Annual administration report of the Civil Veterinary Department of India - 1896-1897
Year: 1896
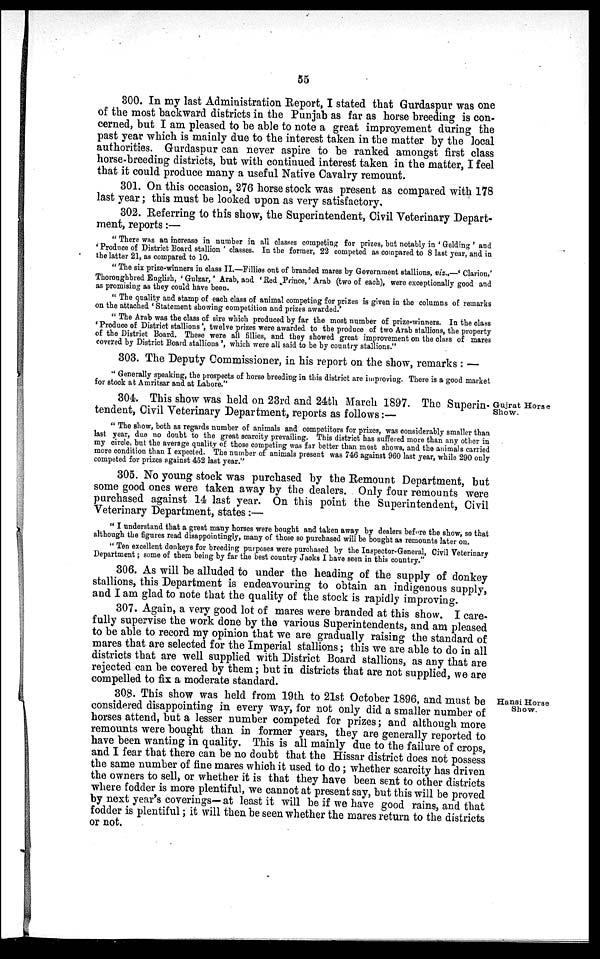
55
300. In my last Administration Report, I stated that Gurdaspur was one
of the most backward districts in the Punjab as far as horse breeding is con-
cerned, but I am pleased to be able to note a great improvement during the
past year which is mainly due to the interest taken in the matter by the local
authorities. Gurdaspur can never aspire to be ranked amongst first class
horse-breeding districts, but with continued interest taken in the matter, I feel
that it could produce many a useful Native Cavalry remount.
301. On this occasion, 276 horse stock was present as compared with 178
last year; this must be looked upon as very satisfactory.
302. Referring to this show, the Superintendent, Civil Veterinary Depart-
ment, reports:—
"There was an increase in number in all classes competing for prizes, but notably in 'Gelding' and
'Produce of District Board stallion' classes. In the former, 22 competed as compared to 8 last year, and in
the latter 21, as compared to 10.
"The six prize-winners in class II.—Fillies ont of branded mares by Government stallions, viz.,—'Clarion,'
Thoroughbred English, 'Gulzar,' Arab, and 'Red Prince,' Arab (two of each), were exceptionally good and
as promising as they could have been.
"The quality and stamp of each class of animal competing for prizes is given in the columns of remarks
on the attached 'Statement showing competition and prizes awarded.'
"The Arab was the class of sire which produced by far the most number of prize-winners. In the class
'Produce of District stallions', twelve prizes were awarded to the produce of two Arab stallions, the property
of the District Board. These were all fillies, and they showed great improvement on the class of mares
covered by District Board stallions', which were all said to be by country stallions."
303. The Deputy Commissioner, in his report on the show, remarks: —
"Generally speaking, the prospects of horse breeding in this district are improving. There is a good market
for stock at Amritsar and at Lahore."
Gujrat Horse
Show.
304. This show was held on 23rd and 24th March 1897. The Superin-
tendent, Civil Veterinary Department, reports as follows:—
"The show, both as regards number of animals and competitors for prizes, was considerably smaller than
last year, due no doubt to the great scarcity prevailing. This district has suffered more than any other in
my circle, but the average quality of those competing was far better than most shows, and the animals carried
more condition than I expected. The number of animals present was 746 against 960 last year, while 290 only
competed for prizes against 452 last year."
305. No young stock was purchased by the Remount Department, but
some good ones were taken away by the dealers. Only four remounts were
purchased against 14 last year. On this point the Superintendent, Civil
Veterinary Department, states:—
"I understand that a great many horses were bought and taken away by dealers before the show, so that
although the figures read disappointingly, many of those so purchased will be bought as remounts later on.
"Ten excellent donkeys for breeding purposes were purchased by the Inspector-General, Civil Veterinary
Department; some of them being by far the best country Jacks I have seen in this country."
306. As will be alluded to under the heading of the supply of donkey
stallions, this Department is endeavouring to obtain an indigenous supply,
and I am glad to note that the quality of the stock is rapidly improving.
307. Again, a very good lot of mares were branded at this show. I care-
fully supervise the work done by the various Superintendents, and am pleased
to be able to record my opinion that we are gradually raising the standard of
mares that are selected for the Imperial stallions; this we are able to do in all
districts that are well supplied with District Board stallions, as any that are
rejected can be covered by them; but in districts that are not supplied, we are
compelled to fix a moderate standard.
Hansi Horse
Show.
308. This show was held from 19th to 21st October 1896, and must be
considered disappointing in every way, for not only did a smaller number of
horses attend, but a lesser number competed for prizes; and although more
remounts were bought than in former years, they are generally reported to
have been wanting in quality. This is all mainly due to the failure of crops,
and I fear that there can be no doubt that the Hissar district does not possess
the same number of fine mares which it used to do; whether scarcity has driven
the owners to sell, or whether it is that they have been sent to other districts
where fodder is more plentiful, we cannot at present say, but this will be proved
by next year's coverings—at least it will be if we have good rains, and that
fodder is plentiful; it will then be seen whether the mares return to the districts
or not.